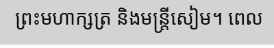
ព្រះមហាក្សត្រ និងមន្ត្រីសៀម។ ពេល